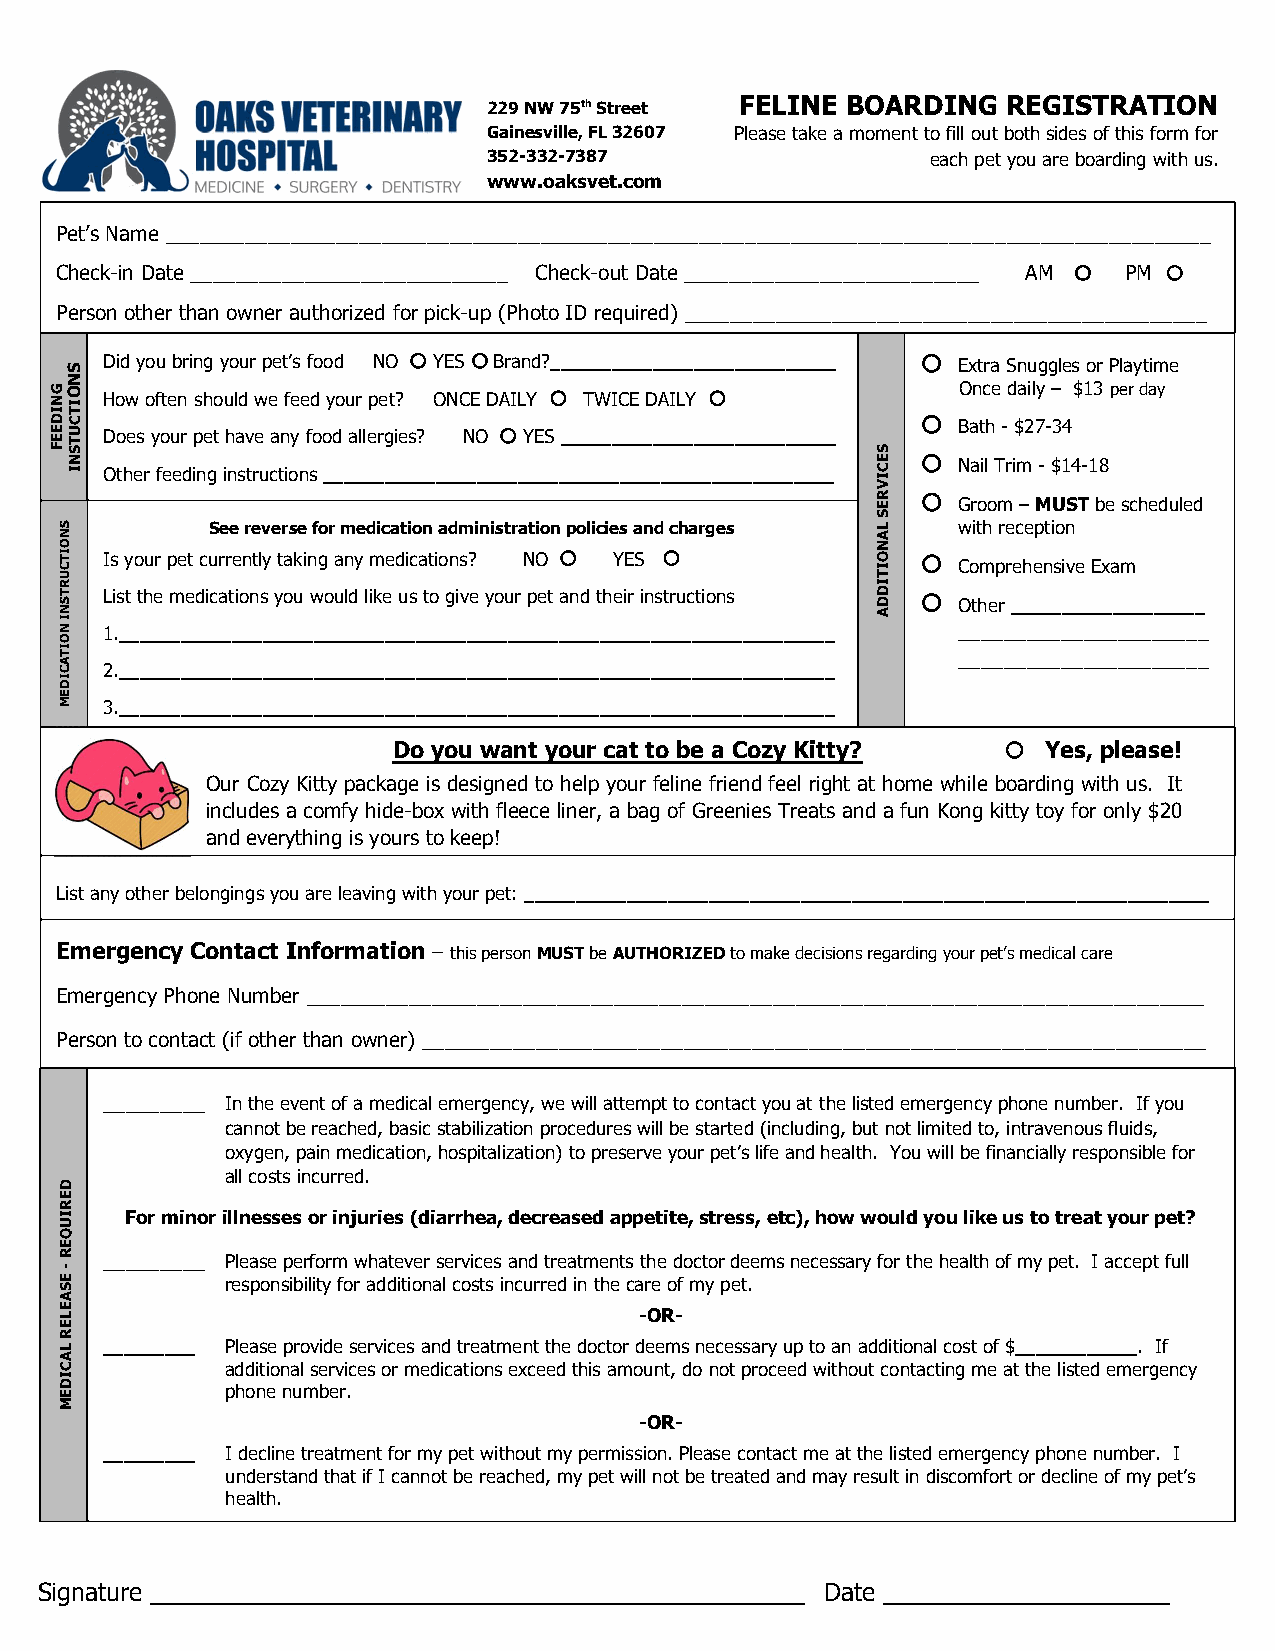
229 NW 75th Street FELINE BOARDING REGISTRATION
 Gainesville, FL 32607 Please take a moment to fill out both sides of this form for
 352-332-7387                  each pet you are boarding with us.
 www.oaksvet.com
 Pet’s Name ____________________________________________________________________________________________
 Check-in Date ____________________________ Check-out Date __________________________ AM  PM 
 Pe rson other than owner authorized for pick-up (Photo ID required) ______________________________________________
 Did you bring your pet’s food NO  YES  Brand?____________________________  Extra Snuggles or Playtime
 Once daily – $13 per day How often should we feed your pet? ONCE DAILY  TWICE DAILY 
 Does your pet have any food allergies? NO  YES ___________________________
  Bath - $27-34
 Other feeding instructions __________________________________________________
  Nail Trim - $14-18
  Groom – MUST be scheduled
 See reverse for medication administration policies and charges with reception
 Is your pet currently taking any medications? NO  YES   Comprehensive Exam
 List the medications you would like us to give your pet and their instructions  Other ___________________
 1.______________________________________________________________________ ______________________
 ______________________
 2.______________________________________________________________________
 3.______________________________________________________________________
 Do you want your cat to be a Cozy Kitty?  Yes, please!
 Our Cozy Kitty package is designed to help your feline friend feel right at home while boarding with us. It
 includes a comfy hide-box with fleece liner, a bag of Greenies Treats and a fun Kong kitty toy for only $20
 and everything is yours to keep!
 List any other belongings you are leaving with your pet: ___________________________________________________________________
 Emergency Contact Information – this person MUST be AUTHORIZED to make decisions regarding your pet’s medical care
 Emergency Phone Number _______________________________________________________________________________
 Person to contact (if other than owner) _____________________________________________________________________
 _________ In the event of a medical emergency, we will attempt to contact you at the listed emergency phone number. If you
 cannot be reached, basic stabilization procedures will be started (including, but not limited to, intravenous fluids,
 oxygen, pain medication, hospitalization) to preserve your pet’s life and health. You will be financially responsible for
 all costs incurred.
 For minor illnesses or injuries (diarrhea, decreased appetite, stress, etc), how would you like us to treat your pet?
 _________ Please perform whatever services and treatments the doctor deems necessary for the health of my pet. I accept full
 responsibility for additional costs incurred in the care of my pet.
 -OR-
 _________ Please provide services and treatment the doctor deems necessary up to an additional cost of $____________. If
 additional services or medications exceed this amount, do not proceed without contacting me at the listed emergency
 phone number.
 -OR-
 _________ I decline treatment for my pet without my permission. Please contact me at the listed emergency phone number. I
 understand that if I cannot be reached, my pet will not be treated and may result in discomfort or decline of my pet’s
 health.
 Signature ________________________________________________ Date _____________________
 GNIDEEF
 SNOITCURTSNI
 NOITACIDEM
 DERIUQER
 -
 ESAELER
 LACIDEM
 SNOITCUTSNI
 SECIVRES
 LANOITIDDA